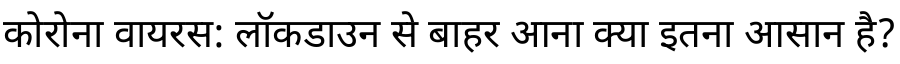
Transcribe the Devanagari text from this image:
कोरोना वायरस: लॉकडाउन से बाहर आना क्या इतना आसान है?